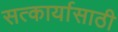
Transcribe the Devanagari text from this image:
सत्कार्यासाठी